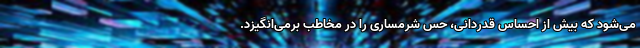
می‌شود که بیش از احساس قدردانی، حس شرمساری را در مخاطب برمی‌انگیزد.